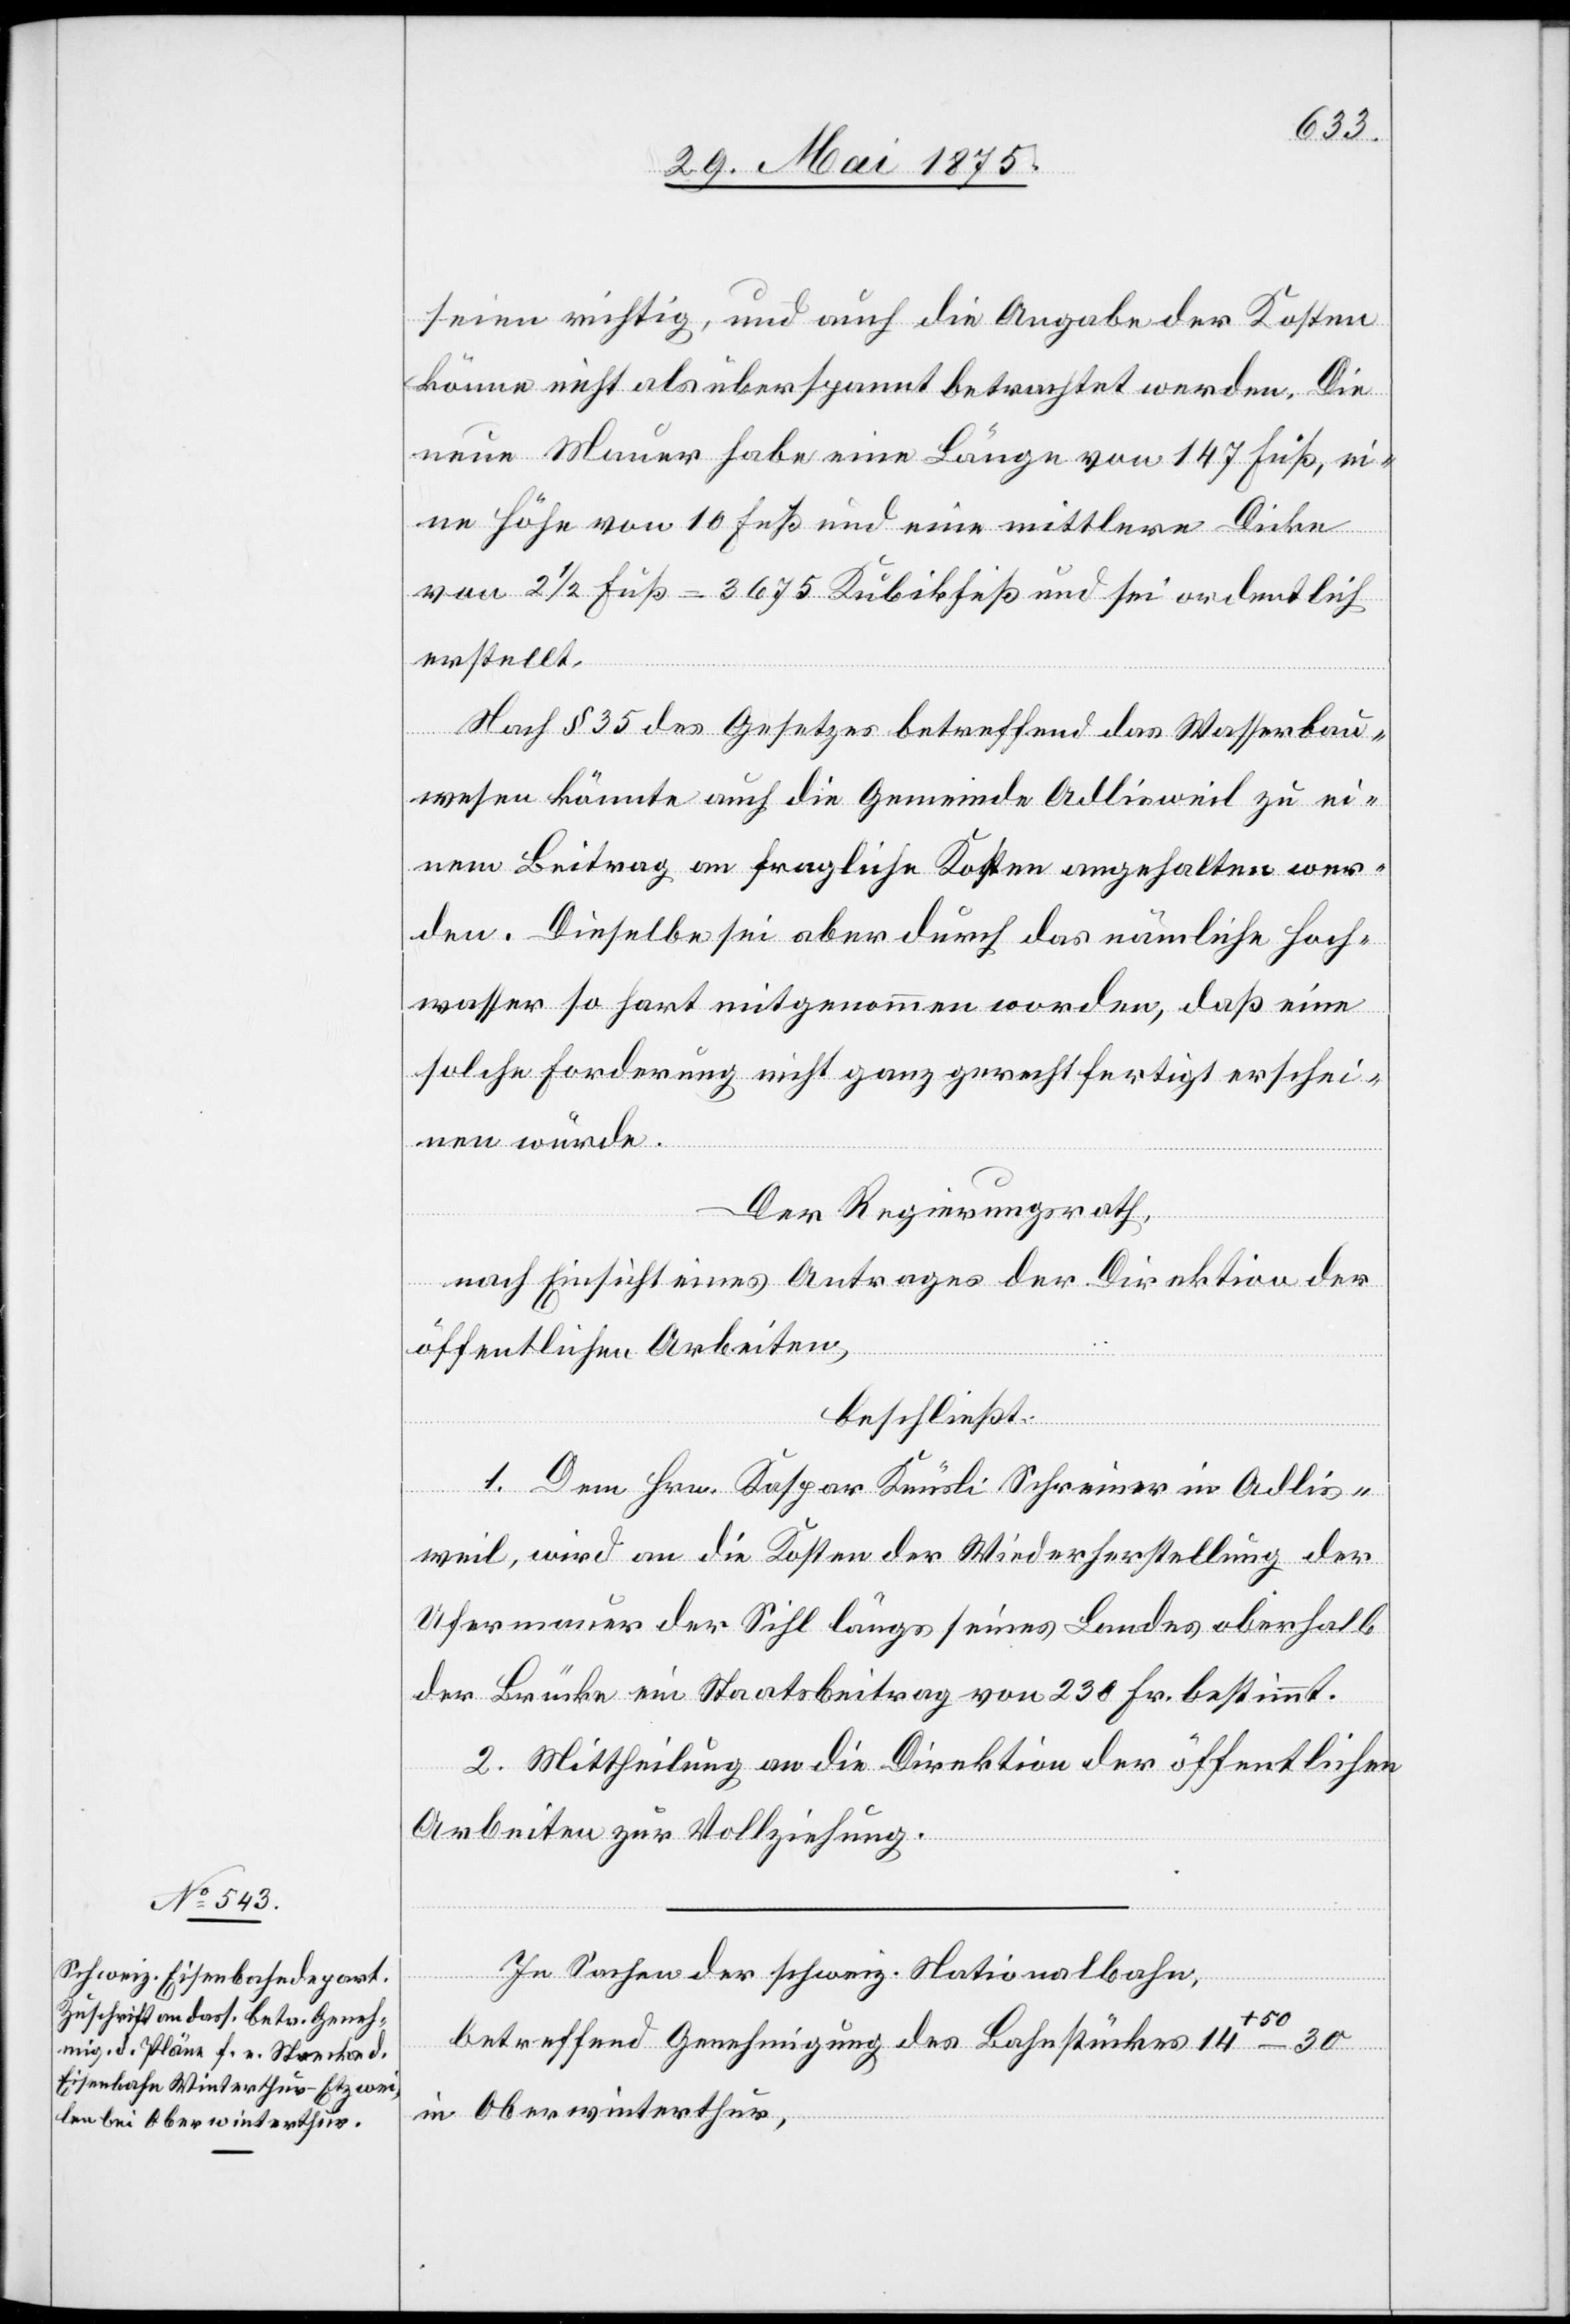
seien richtig, und auch die Angabe der Kosten
könne nicht als überspannt betrachtet werden. Die
neue Mauer habe eine Länge von 147 Fuß, ei¬
ne Höhe von 10 Fuß und eine mittlere Dicke
von 2 1/2 Fuß = 3675 Kubikfuß und sei ordentlich
erstellt.
Nach § 35 des Gesetzes betreffend das Wasserbau¬
wesen könnte auch die Gemeinde Adlisweil zu ei¬
nem Beitrag an fragliche Kosten angehalten wer¬
den. Dieselbe sei aber durch das nämliche Hoch¬
wasser so hart mitgenommen worden, daß eine
solche Forderung nicht ganz gerechtfertigt erschei¬
nen würde.
Der Regierungsrath,
nach Einsicht eines Antrages der Direktion der
öffentlichen Arbeiten,
beschließt:
1. Dem Hrn. Kaspar Knüsli Schreiner in Adlis¬
weil, wird an die Kosten der Wiederherstellung der
Ufermauer der Sihl längs seines Landes oberhalb
der Brücke ein Staatsbeitrag von 230 Fr. bestimmt.
2. Mittheilung an die Direktion der öffentlichen
Arbeiten zur Vollziehung.
In Sachen der schweiz. Nationalbahn,
betreffend Genehmigung des Bahnstückes 14+50
in Oberwinterthur